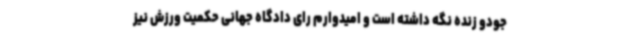
جودو زنده نگه داشته است و امیدوارم رای دادگاه جهانی حکمیت ورزش نیز